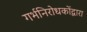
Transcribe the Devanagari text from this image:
गर्भनिरोधकोंद्वारा